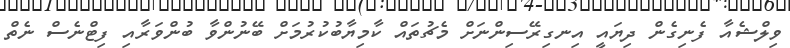
ވިލްޝެއާ ފެނިގެން ދިޔައީ އިނގިރޭސިންނަށް މެޗުތައް ކާމިޔާބުކުރުމަށް ބޭނުންވާ ބުންވަރާއި ފިޓްނެސް ނެތް